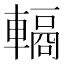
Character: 𮝣